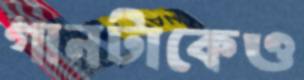
গানটাকেও